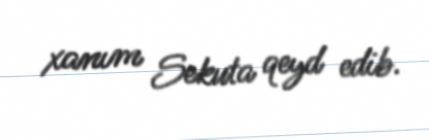
xanım Sekuta qeyd edib.